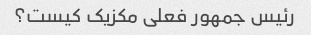
رئیس جمهور فعلی مکزیک کیست؟